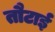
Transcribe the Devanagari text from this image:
तौटाई